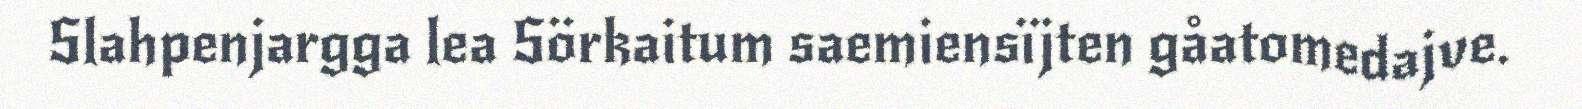
Slahpenjargga lea Sörkaitum saemiensïjten gåatomedajve.